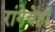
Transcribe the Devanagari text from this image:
रांगेचेही